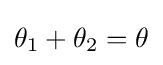
{\textstyle \theta _{1}+\theta _{2}=\theta }